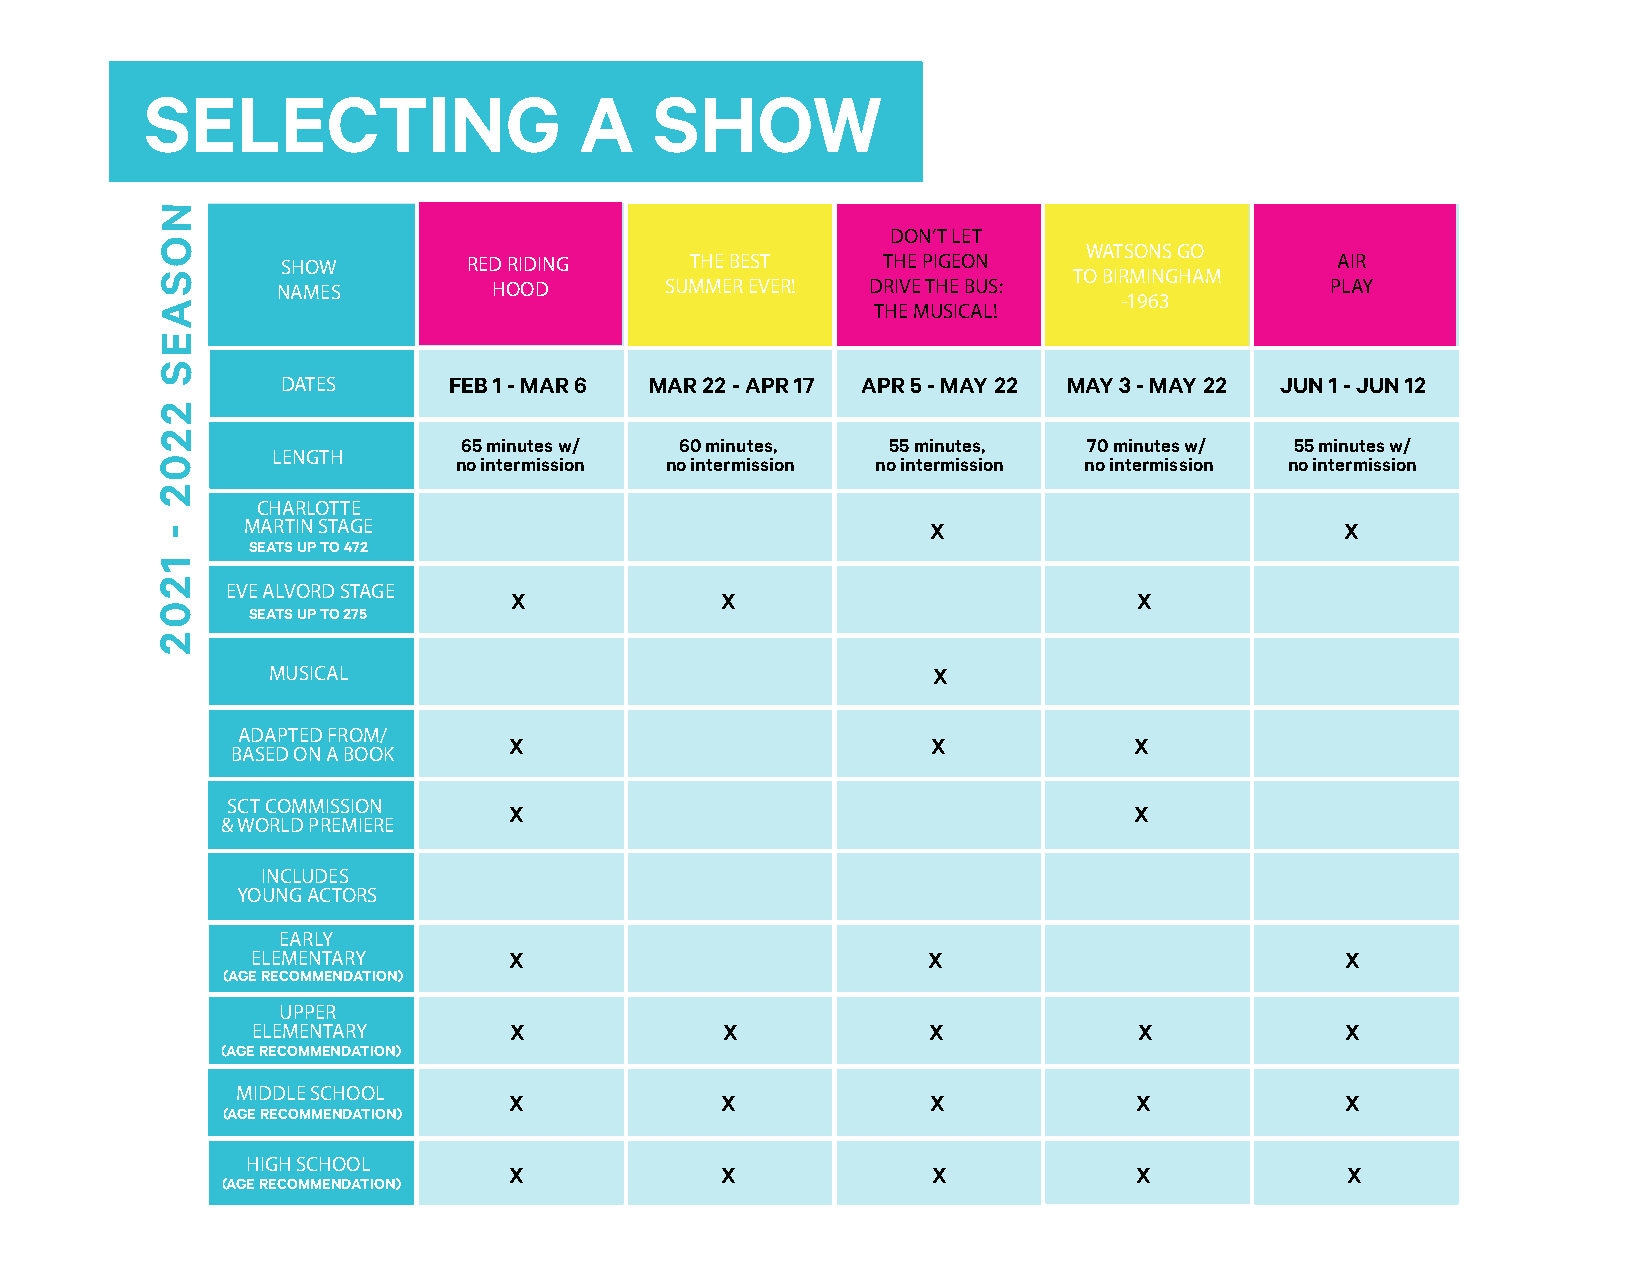
SELECTING                   A    SHOW
 N
 DON’T LET
 O                                                             WATSONS GO
 SHOW        RED RIDING     THE BEST    THE PIGEON                    AIR
 S                                                            TO BIRMINGHAM
 NAMES          HOOD       SUMMER EVER!  DRIVE THE BUS:                PLAY
 -1963
 A                                               THE MUSICAL!
 E
 S
 DATES      FEB 1 - MAR 6 MAR 22 - APR 17 APR 5 - MAY 22 MAY 3 - MAY 22 JUN 1 - JUN 12
 2
 2
 65 minutes w/ 60 minutes,   55 minutes,  70 minutes w/ 55 minutes w/
 LENGTH
 0                   no intermission no intermission no intermission no intermission no intermission
 2
 CHARLOTTE
 -     MARTIN STAGE                                  X                          X
 SEATS UP TO 472
 1
 2
 EVE ALVORD STAGE
 X             X                          X
 0     SEATS UP TO 275
 2
 MUSICAL                                     X
 ADAPTED FROM/
 X                           X            X
 BASED ON A BOOK
 SCT COMMISSION     X                                        X
 & WORLD PREMIERE
 INCLUDES
 YOUNG ACTORS
 EARLY
 ELEMENTARY       X                          X                           X
 (AGE RECOMMENDATION)
 UPPER
 ELEMENTARY       X             X            X             X             X
 (AGE RECOMMENDATION)
 MIDDLE SCHOOL
 X             X             X            X             X
 (AGE RECOMMENDATION)
 HIGH SCHOOL
 X             X             X            X             X
 (AGE RECOMMENDATION)